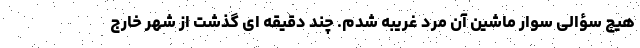
هیچ سؤالی سوار ماشین آن مرد غریبه شدم. چند دقیقه ای گذشت از شهر خارج